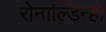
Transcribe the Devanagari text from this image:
रोनाल्‍डिन्‍हो